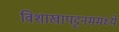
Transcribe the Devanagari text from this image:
विशाखापट्टनममध्ये